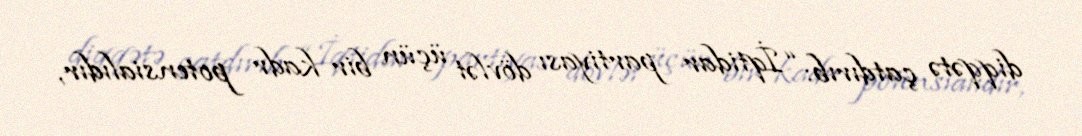
diqqətə çatdırıb: “İqtidar partiyası dövlət üçün bir kadr potensialıdır,